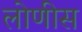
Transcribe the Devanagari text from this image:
लोणीस